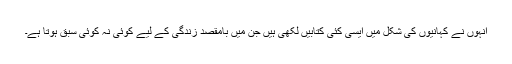
انہوں نے کہانیوں کی شکل میں ایسی کئی کتابیں لکھی ہیں جن میں بامقصد زندگی کے لیے کوئی نہ کوئی سبق ہوتا ہے۔